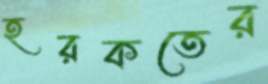
হরকতের